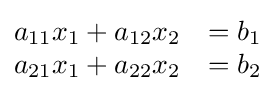
{\begin{matrix}a_{11}x_{1}+a_{12}x_{2}&=b_{1}\\a_{21}x_{1}+a_{22}x_{2}&=b_{2}\end{matrix}}